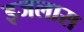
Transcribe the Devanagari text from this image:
इजलास